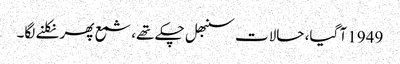
1949 آ گیا، حالات سنبھل چکے تھے، شمع پھر نکلنے لگا۔